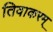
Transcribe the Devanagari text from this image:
तिवाकरम्